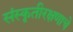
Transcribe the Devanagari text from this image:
संस्कृतीरक्षणाचे